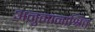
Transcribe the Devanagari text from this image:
अनुमानाश्रित